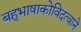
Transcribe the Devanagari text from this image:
बहुभाषाकोविदत्वाने